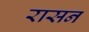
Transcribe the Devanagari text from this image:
रासन